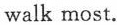
walk most